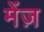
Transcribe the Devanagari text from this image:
मेंज़